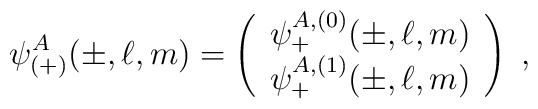
\psi^A_{(+)}(\pm,\ell,m)=\left(\begin{array}{c}\psi^{A,(0)}_+(\pm,\ell,m)\\\psi^{A,(1)}_+(\pm,\ell,m)\end{array}\right)\;,